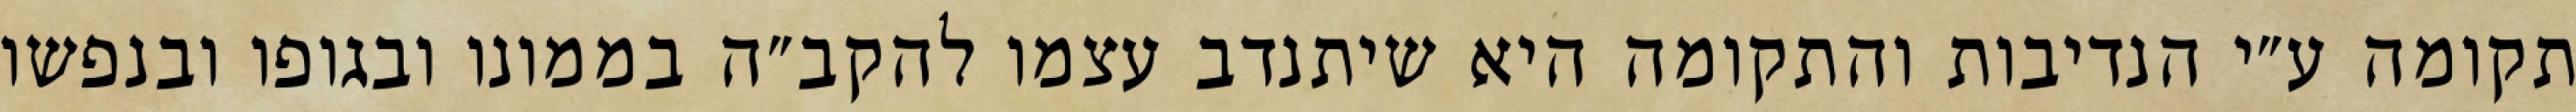
תקומה ע״י הנדיבות והתקומה היא שיתנדב עצמו להקב״ה בממונו ובגופו ובנפשו